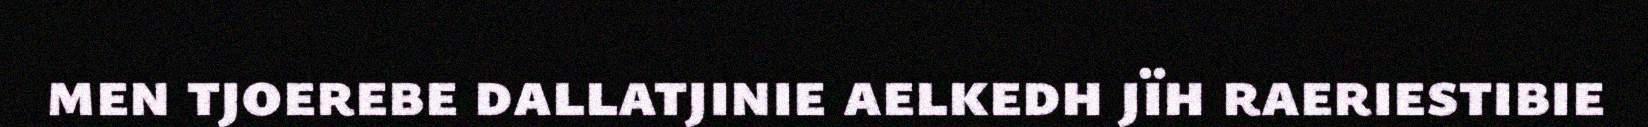
men tjoerebe dallatjinie aelkedh jïh raeriestibie